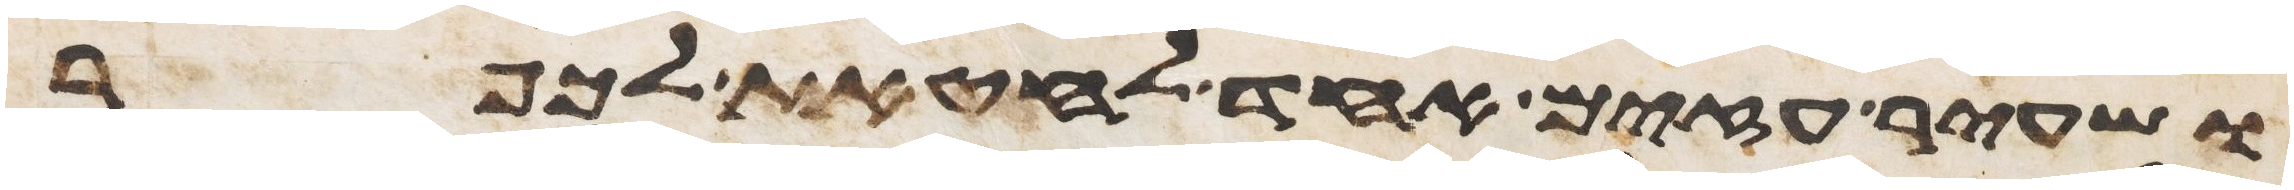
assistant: ושעיר עזים אחד לחטאת לכפר